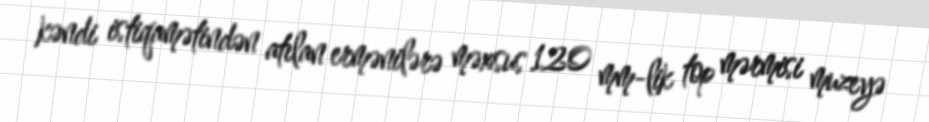
kəndi istiqamətindən atılan ermənilərə məxsus 120 mm-lik top mərmisi muzeyə